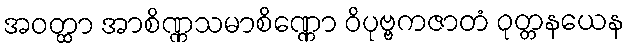
အဝတ္ထာ အာစိဏ္ဏသမာစိဏ္ဏော ဝိပုဗ္ဗကဇာတံ ဝုတ္တနယေန